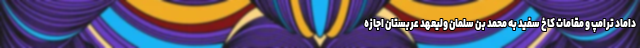
داماد ترامپ و مقامات کاخ سفید به محمد بن سلمان ولیعهد عربستان اجازه